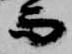
而